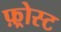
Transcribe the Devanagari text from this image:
फ़्रोस्ट